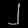
Digit: ၂